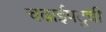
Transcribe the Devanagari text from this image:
चढाईपटूची